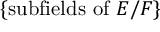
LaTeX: \{ { \mathrm { s u b f i e l d s ~ o f ~ } } E / F \}